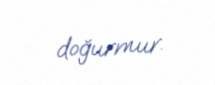
doğurmur.